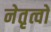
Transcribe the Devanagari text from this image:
नेतृत्वों